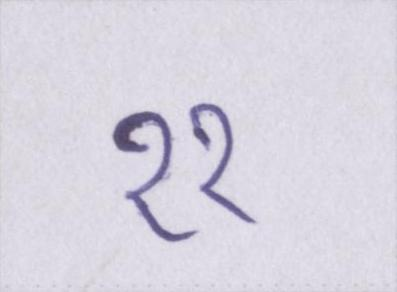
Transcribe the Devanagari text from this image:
११